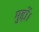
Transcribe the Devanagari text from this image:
मुद्दों।